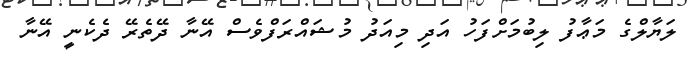
ލަޔާލްގެ މަޢާފު ލިބުމަށްފަހު އަދި މިއަދު މުޝައްރަފްވެސް އޭނާ ދޭތެރޭ ދެކެނީ އޭނާ